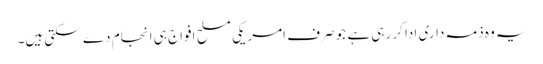
یہ وہ ذمہ داری ادا کر رہی ہے جو صرف امریکی مسلح افواج ہی انجام دے سکتی ہیں۔